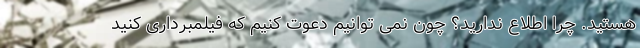
هستید. چرا اطلاع ندارید؟ چون نمی توانیم دعوت کنیم که فیلمبرداری کنید